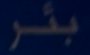
\mathbf{b}^{\mathrm